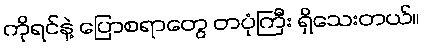
ကိုရင်နဲ့ ပြောစရာတွေ တပုံကြီး ရှိသေးတယ်။